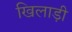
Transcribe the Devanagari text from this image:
खिलाड़ी